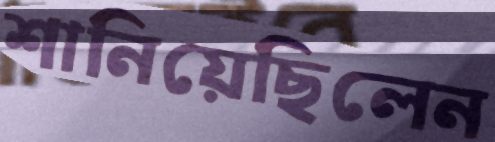
শানিয়েছিলেন